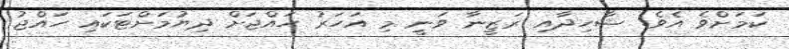
ކަމަށްވެ އެވެ. ޝާހިދާއި ރަޒީނާ ވަނީ މި އަހަރު ހައްޖަށް ދިޔުމަށްޓަކައި ހައްޖު